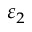
\varepsilon _ { 2 }